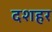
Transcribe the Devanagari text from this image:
दशहर